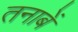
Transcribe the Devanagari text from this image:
तनाबें